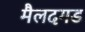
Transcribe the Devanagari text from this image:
मैलदगड